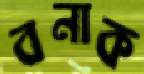
বনাক